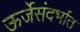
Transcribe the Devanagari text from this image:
ऊर्जेसंदर्भात